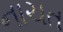
નાચત